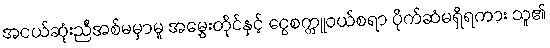
အငယ်ဆုံးညီအစ်မမှာမူ အမွှေးတိုင်နှင့် ငွေစက္ကူဝယ်စရာ ပိုက်ဆံမရှိရကား သူ၏